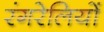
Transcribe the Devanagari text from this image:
रंगरेलियों